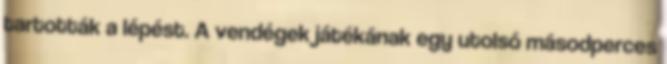
tartották a lépést. A vendégek játékának egy utolsó másodperces